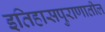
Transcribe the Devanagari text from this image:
इतिहासपुराणातील